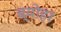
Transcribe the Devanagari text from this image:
ब्योहर